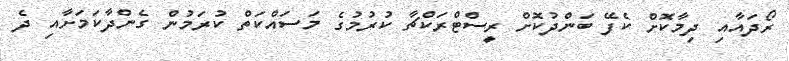
ރޯދައާއި ދިމާކޮށް ކެފޭ ބަންދުކޮށް ރީސްޓްރަކްޗާ ކުރުމުގެ މަސައްކަތް ކުރަމުން ގެންދާކަމަށާއި ދެ